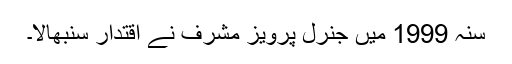
سنہ 1999 میں جنرل پرویز مشرف نے اقتدار سنبھالا۔